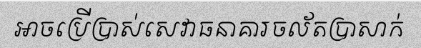
អាចប្រើប្រាស់សេវាធនាគារចល័តប្រាសាក់